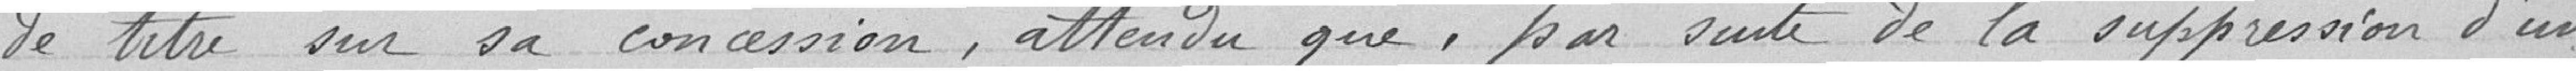
de titre sur sa concession, attendu que, par suite de la suppression d'un